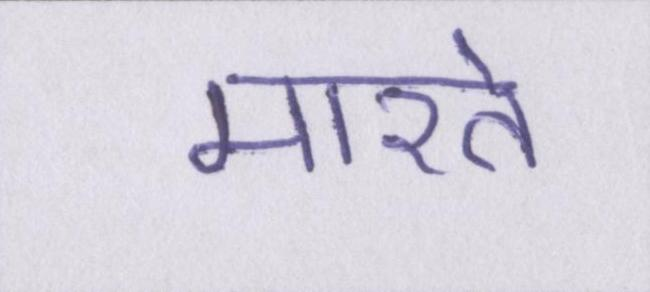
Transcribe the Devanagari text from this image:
मारते